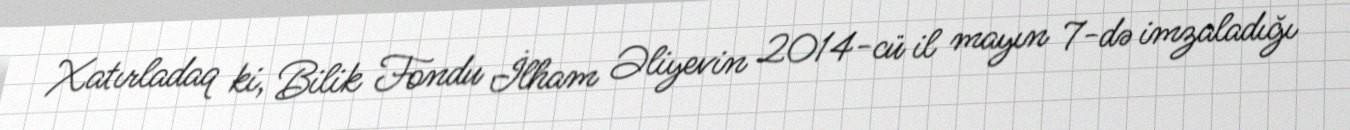
Xatırladaq ki, Bilik Fondu İlham Əliyevin 2014-cü il mayın 7-də imzaladığı